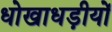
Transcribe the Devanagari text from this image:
धोखाधड़ीयों